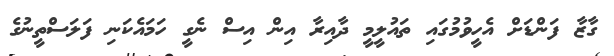
ގާޒާ ފަންޑަށް އެހީވުމުގައި ތައުލީމީ ދާއިރާ އިން އިސް ނެގީ ހަމައެކަނި ފަލަސްތީނުގެ